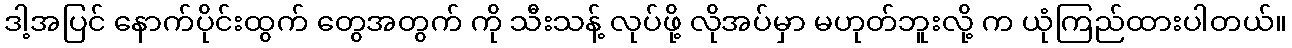
ဒါ့အပြင် နောက်ပိုင်းထွက် တွေအတွက် ကို သီးသန့် လုပ်ဖို့ လိုအပ်မှာ မဟုတ်ဘူးလို့ က ယုံကြည်ထားပါတယ်။